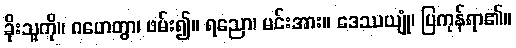
ခိုးသူကို။ ဂဟေတွာ၊ ဖမ်း၍။ ရညော၊ မင်းအား။ ဒေဿယျုံ၊ ပြကုန်ရာ၏။